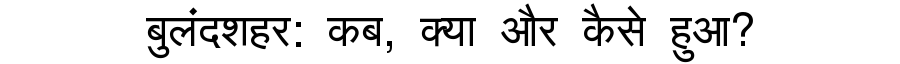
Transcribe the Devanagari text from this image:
बुलंदशहर: कब, क्या और कैसे हुआ?